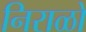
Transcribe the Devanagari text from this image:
निराळो